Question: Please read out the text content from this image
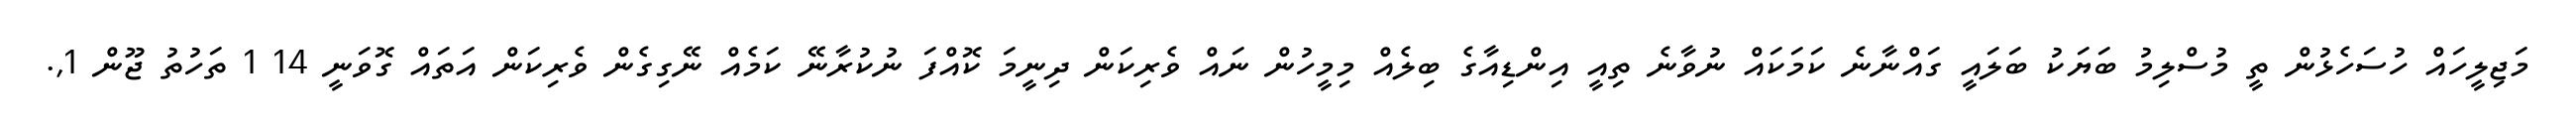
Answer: މަޖިލީހައް ހުސަހެޅުން ތީ މުސްލިމު ބަޔަކު ބަލައީ ގައްނާނެ ކަމަކައް ނުވާނެ ތިއީ އިންޑިއާގެ ބިލެއް މިމީހުން ނައް ވެރިކަން ދިނީމަ ކޮއްފަ ނުކުރާނޭ ކަމެއް ނޭގިގެން ވެރިކަން އަތައް ގޮވަނީ 14 1 ތަހުތު ޖޫން 1,.